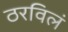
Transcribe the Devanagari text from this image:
ठरविलं